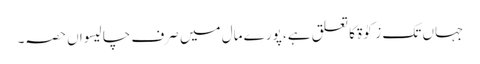
جہاں تک زکوٰۃ کا تعلق ہے، پورے مال میں صرف چالیسواں حصہ۔